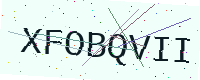
Text: XFOBQVII